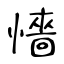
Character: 懎